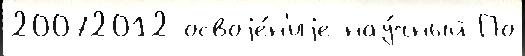
20072012 освоjе́н'иjе нау́чный По